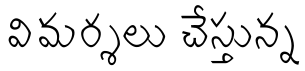
విమర్శలు చేస్తున్న